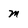
Character: m